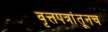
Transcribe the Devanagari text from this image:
वृत्तपत्रांतूनच